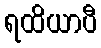
ရထိယာပီ